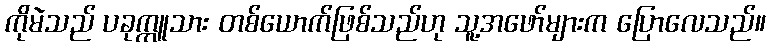
ကိုမဲသည် ပခုက္ကူသား တစ်ယောက်ဖြစ်သည်ဟု သူ့အဖော်များက ပြောလေသည်။